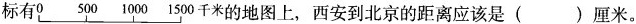
标有0 500 1000 1500千米的地图上，西安到北京的距离应该是()厘米。